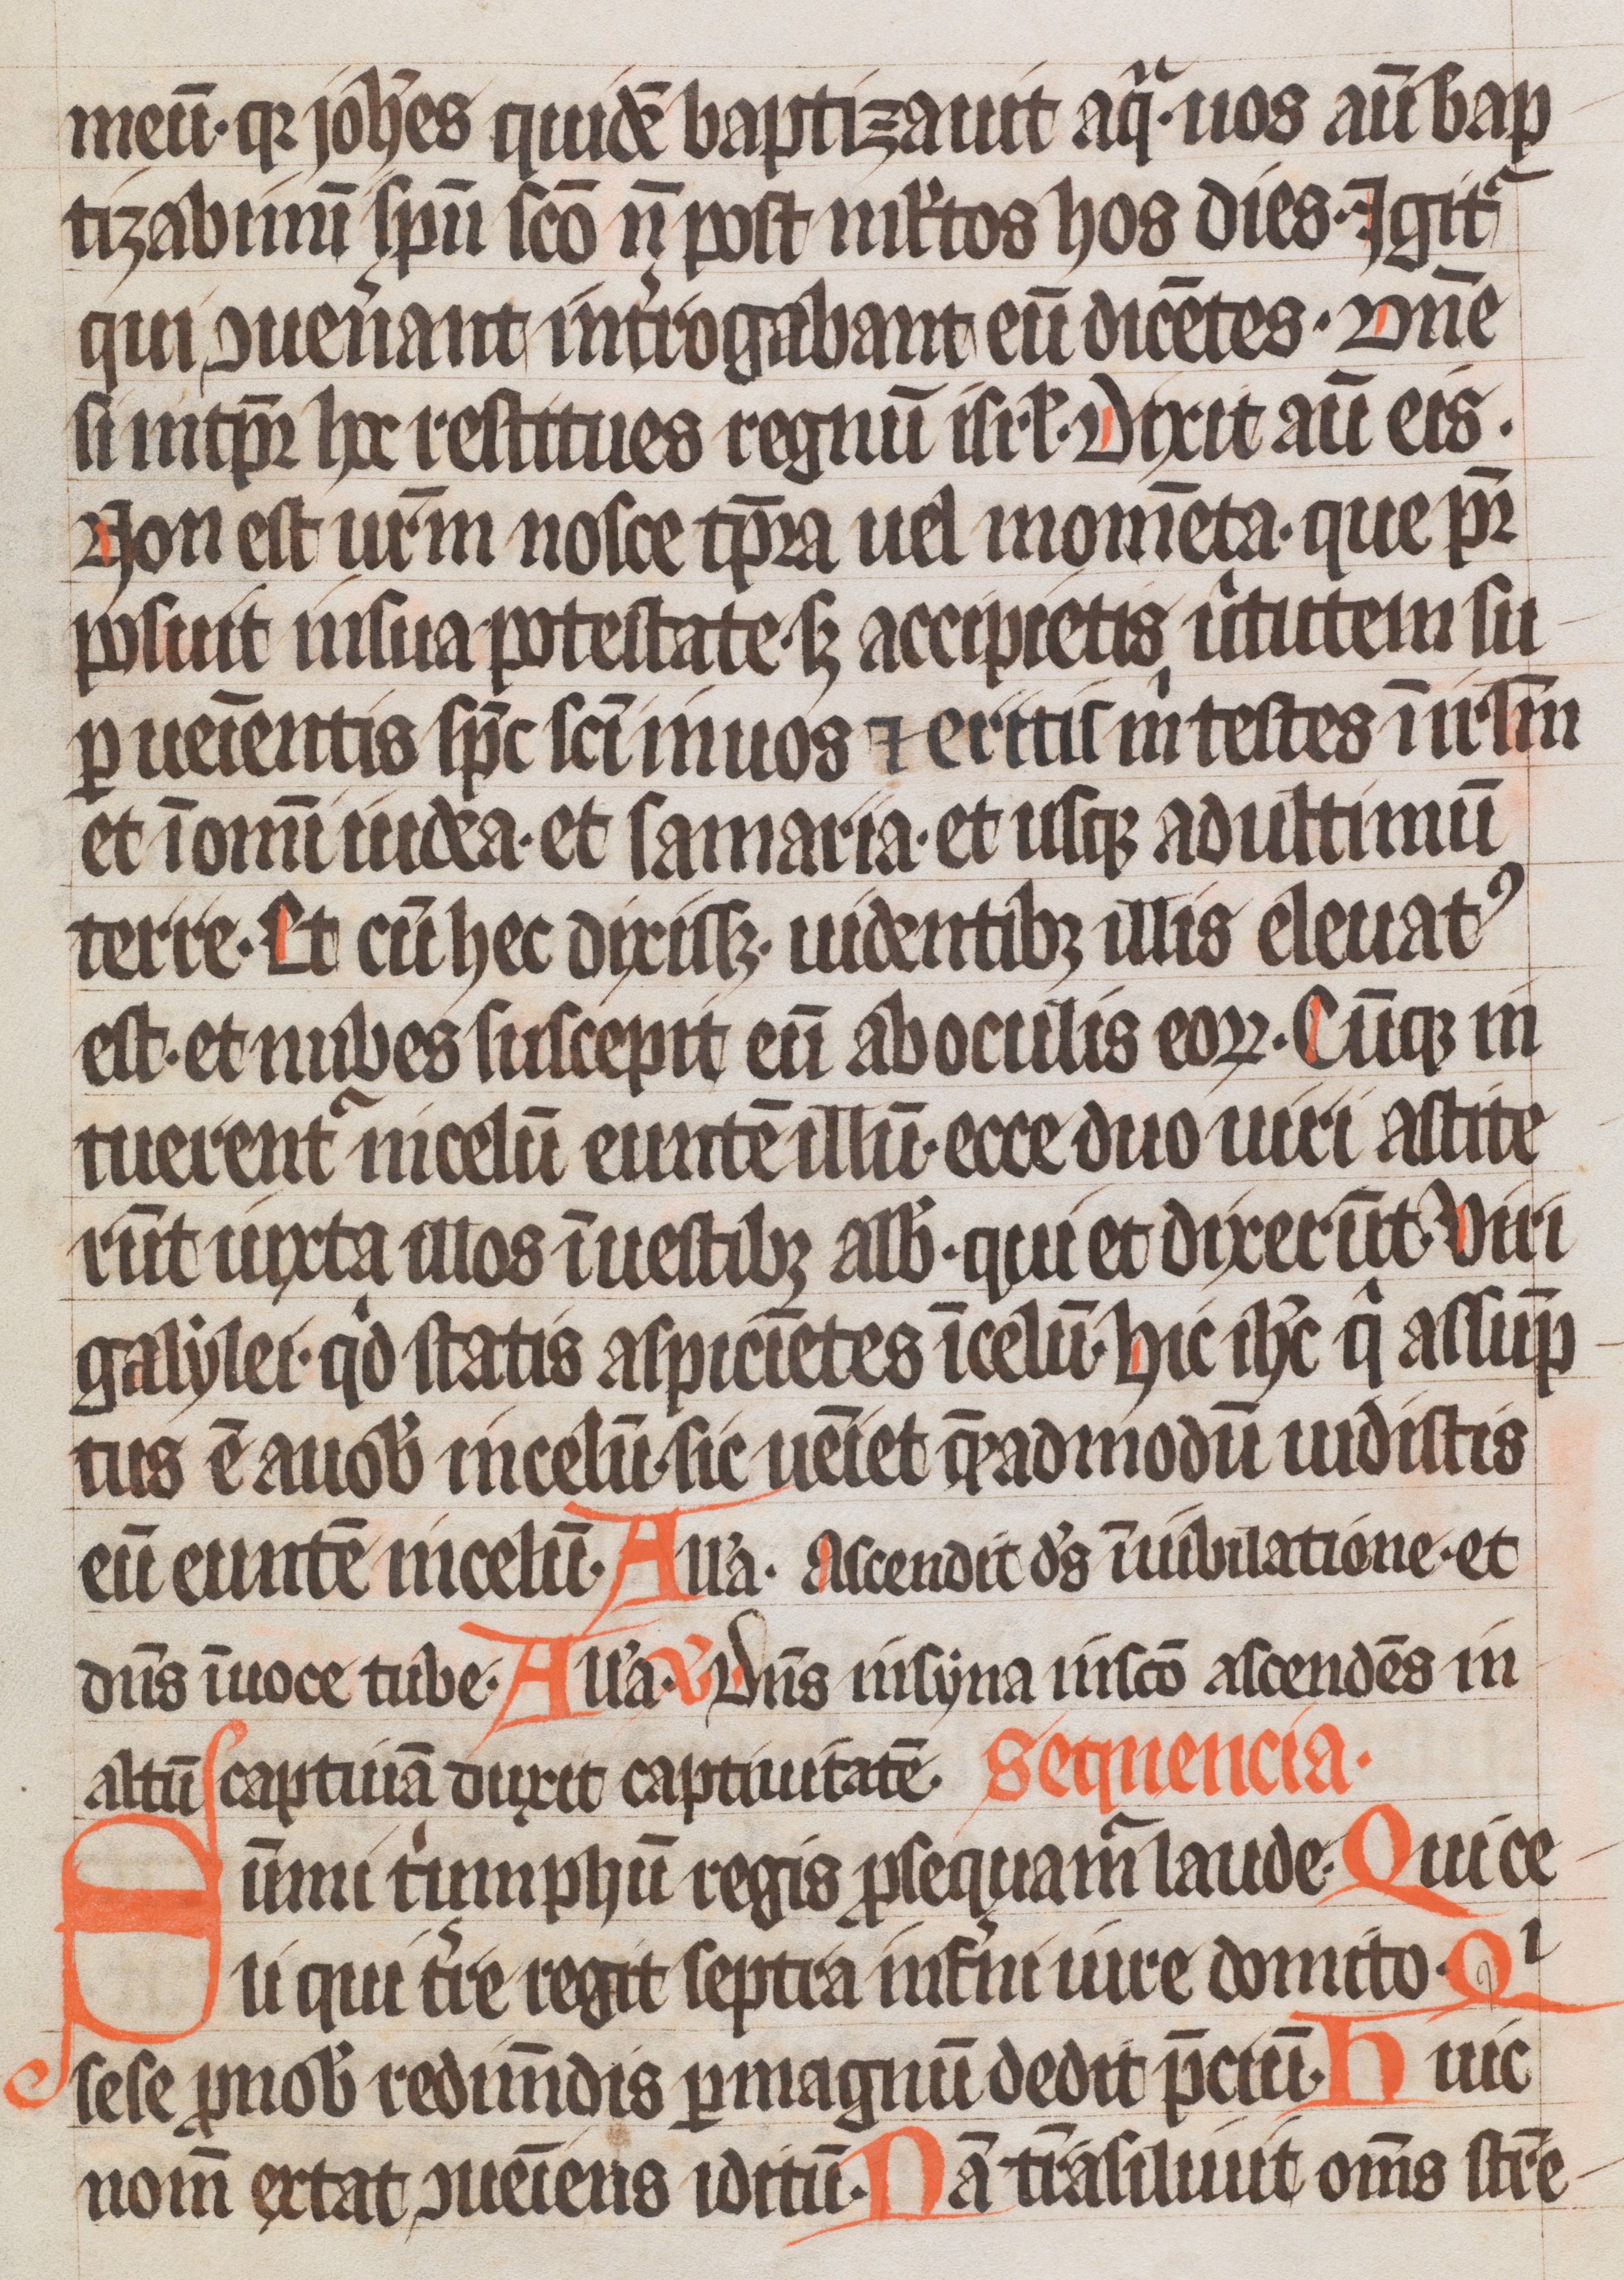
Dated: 1333–1333